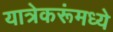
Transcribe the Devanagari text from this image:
यात्रेकरूंमध्ये